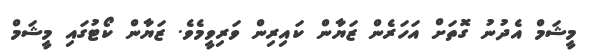
މީޝަމް އެދުނު ގޮތަށް އަހަރެން ޒަޔާން ކައިރިން ވަރިވީމެވެ. ޒަޔާން ކޯޓުގައި މީޝަމް